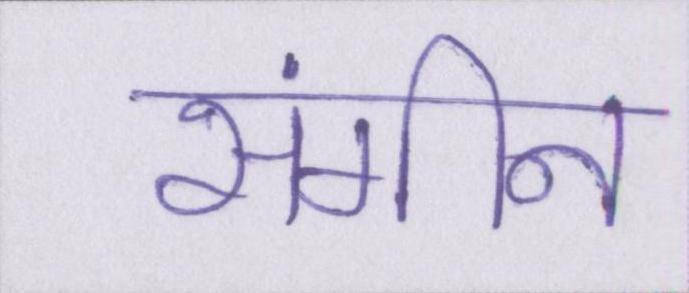
संगीन